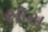
સૉસ